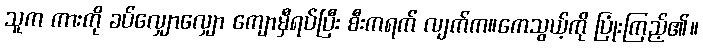
သူက ကားကို ခပ်လျှောလျှော ကျောမှီရပ်ပြီး စီးကရက် လျက်က။ကေသွယ့်ကို ပြုံးကြည့်၏။